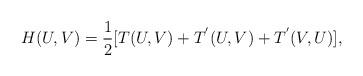
LaTeX: \begin{align*}H(U,V)=\frac{1}{2}[T(U,V)+T^{'}(U,V)+T^{'}(V,U)],\end{align*}